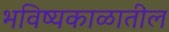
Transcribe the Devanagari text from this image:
भविष्यकाळातील